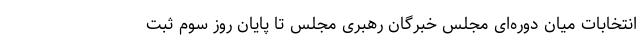
انتخابات میان دوره‌ای مجلس خبرگان رهبری مجلس تا پایان روز سوم ثبت